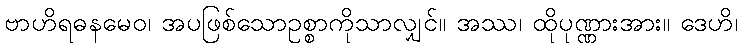
ဗာဟိရဓနမေဝ၊ အပဖြစ်သောဥစ္စာကိုသာလျှင်။ အဿ၊ ထိုပုဏ္ဏားအား။ ဒေဟိ၊